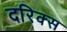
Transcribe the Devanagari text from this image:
दरिक्स